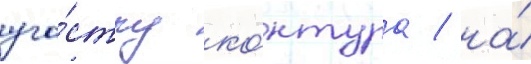
уча́стку ко́нтура / на́